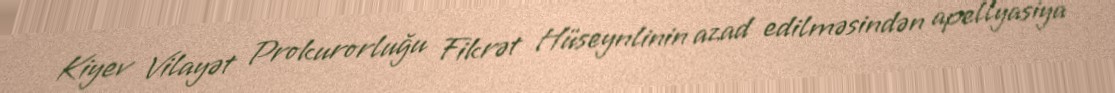
Kiyev Vilayət Prokurorluğu Fikrət Hüseynlinin azad edilməsindən apellyasiya